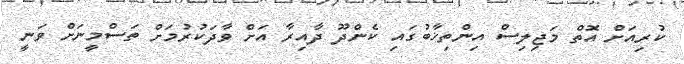
ކުރިއަށް އޮތް މަޖިލިސް އިންތިޚާބުގައި ކެންދޫ ދާއިރާ އަށް ވާދަކުރުމަށް ތަސްމީނަށް ވަނީ